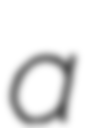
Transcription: a